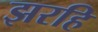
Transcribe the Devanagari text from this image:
झरहि